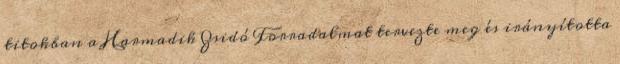
titokban a Harmadik Zsidó Forradalmat tervezte meg és irányította